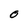
Character: O